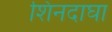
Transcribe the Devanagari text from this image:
शिनदाघा